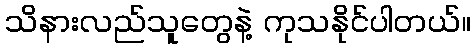
သိနားလည်သူတွေနဲ့ ကုသနိုင်ပါတယ်။